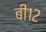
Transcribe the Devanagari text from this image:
बी१२